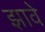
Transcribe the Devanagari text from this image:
झावे